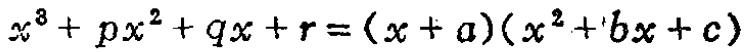
\(x^{3}+px^{2}+qx + r=(x + a)(x^{2}+bx + c)\)